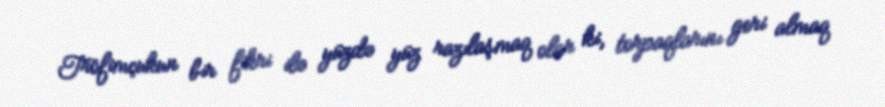
Tröfimçukun bir fikri ilə yüzdə yüz razılaşmaq olar ki, torpaqlarını geri almaq